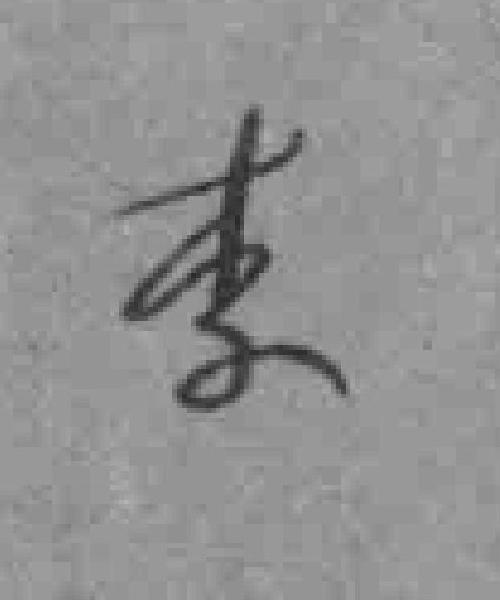
李